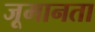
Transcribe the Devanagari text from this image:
जूमानता